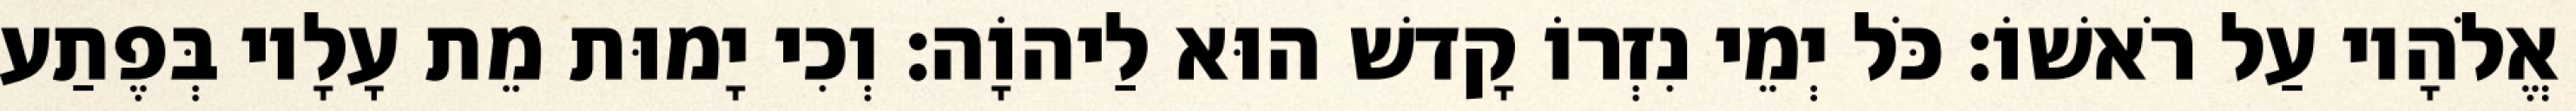
אֱלֹהָיו עַל רֹאשׁוֹ׃ כֹּל יְמֵי נִזְרוֹ קָדשׁ הוּא לַיהוָֹה׃ וְכִי יָמוּת מֵת עָלָיו בְּפֶתַע